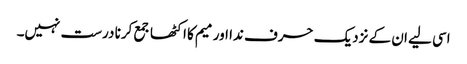
اسی لیے ان کے نزدیک حرف ندا اور میم کا اکٹھا جمع کرنا درست نہیں۔